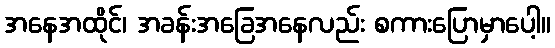
အနေအထိုင်၊ အခန်းအခြေအနေလည်း စကားပြောမှာပေါ့။